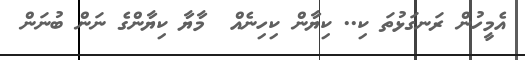
އެމީހުން ރަނގަޅުތަ ކި.. ކިޔާން ކިހިނެއް  މާޔާ ކިޔާންގެ ނަން ބުނަން